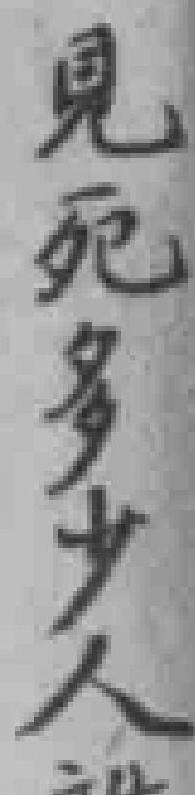
見死多少人